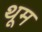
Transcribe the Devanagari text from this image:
थूम